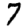
Digit: 7